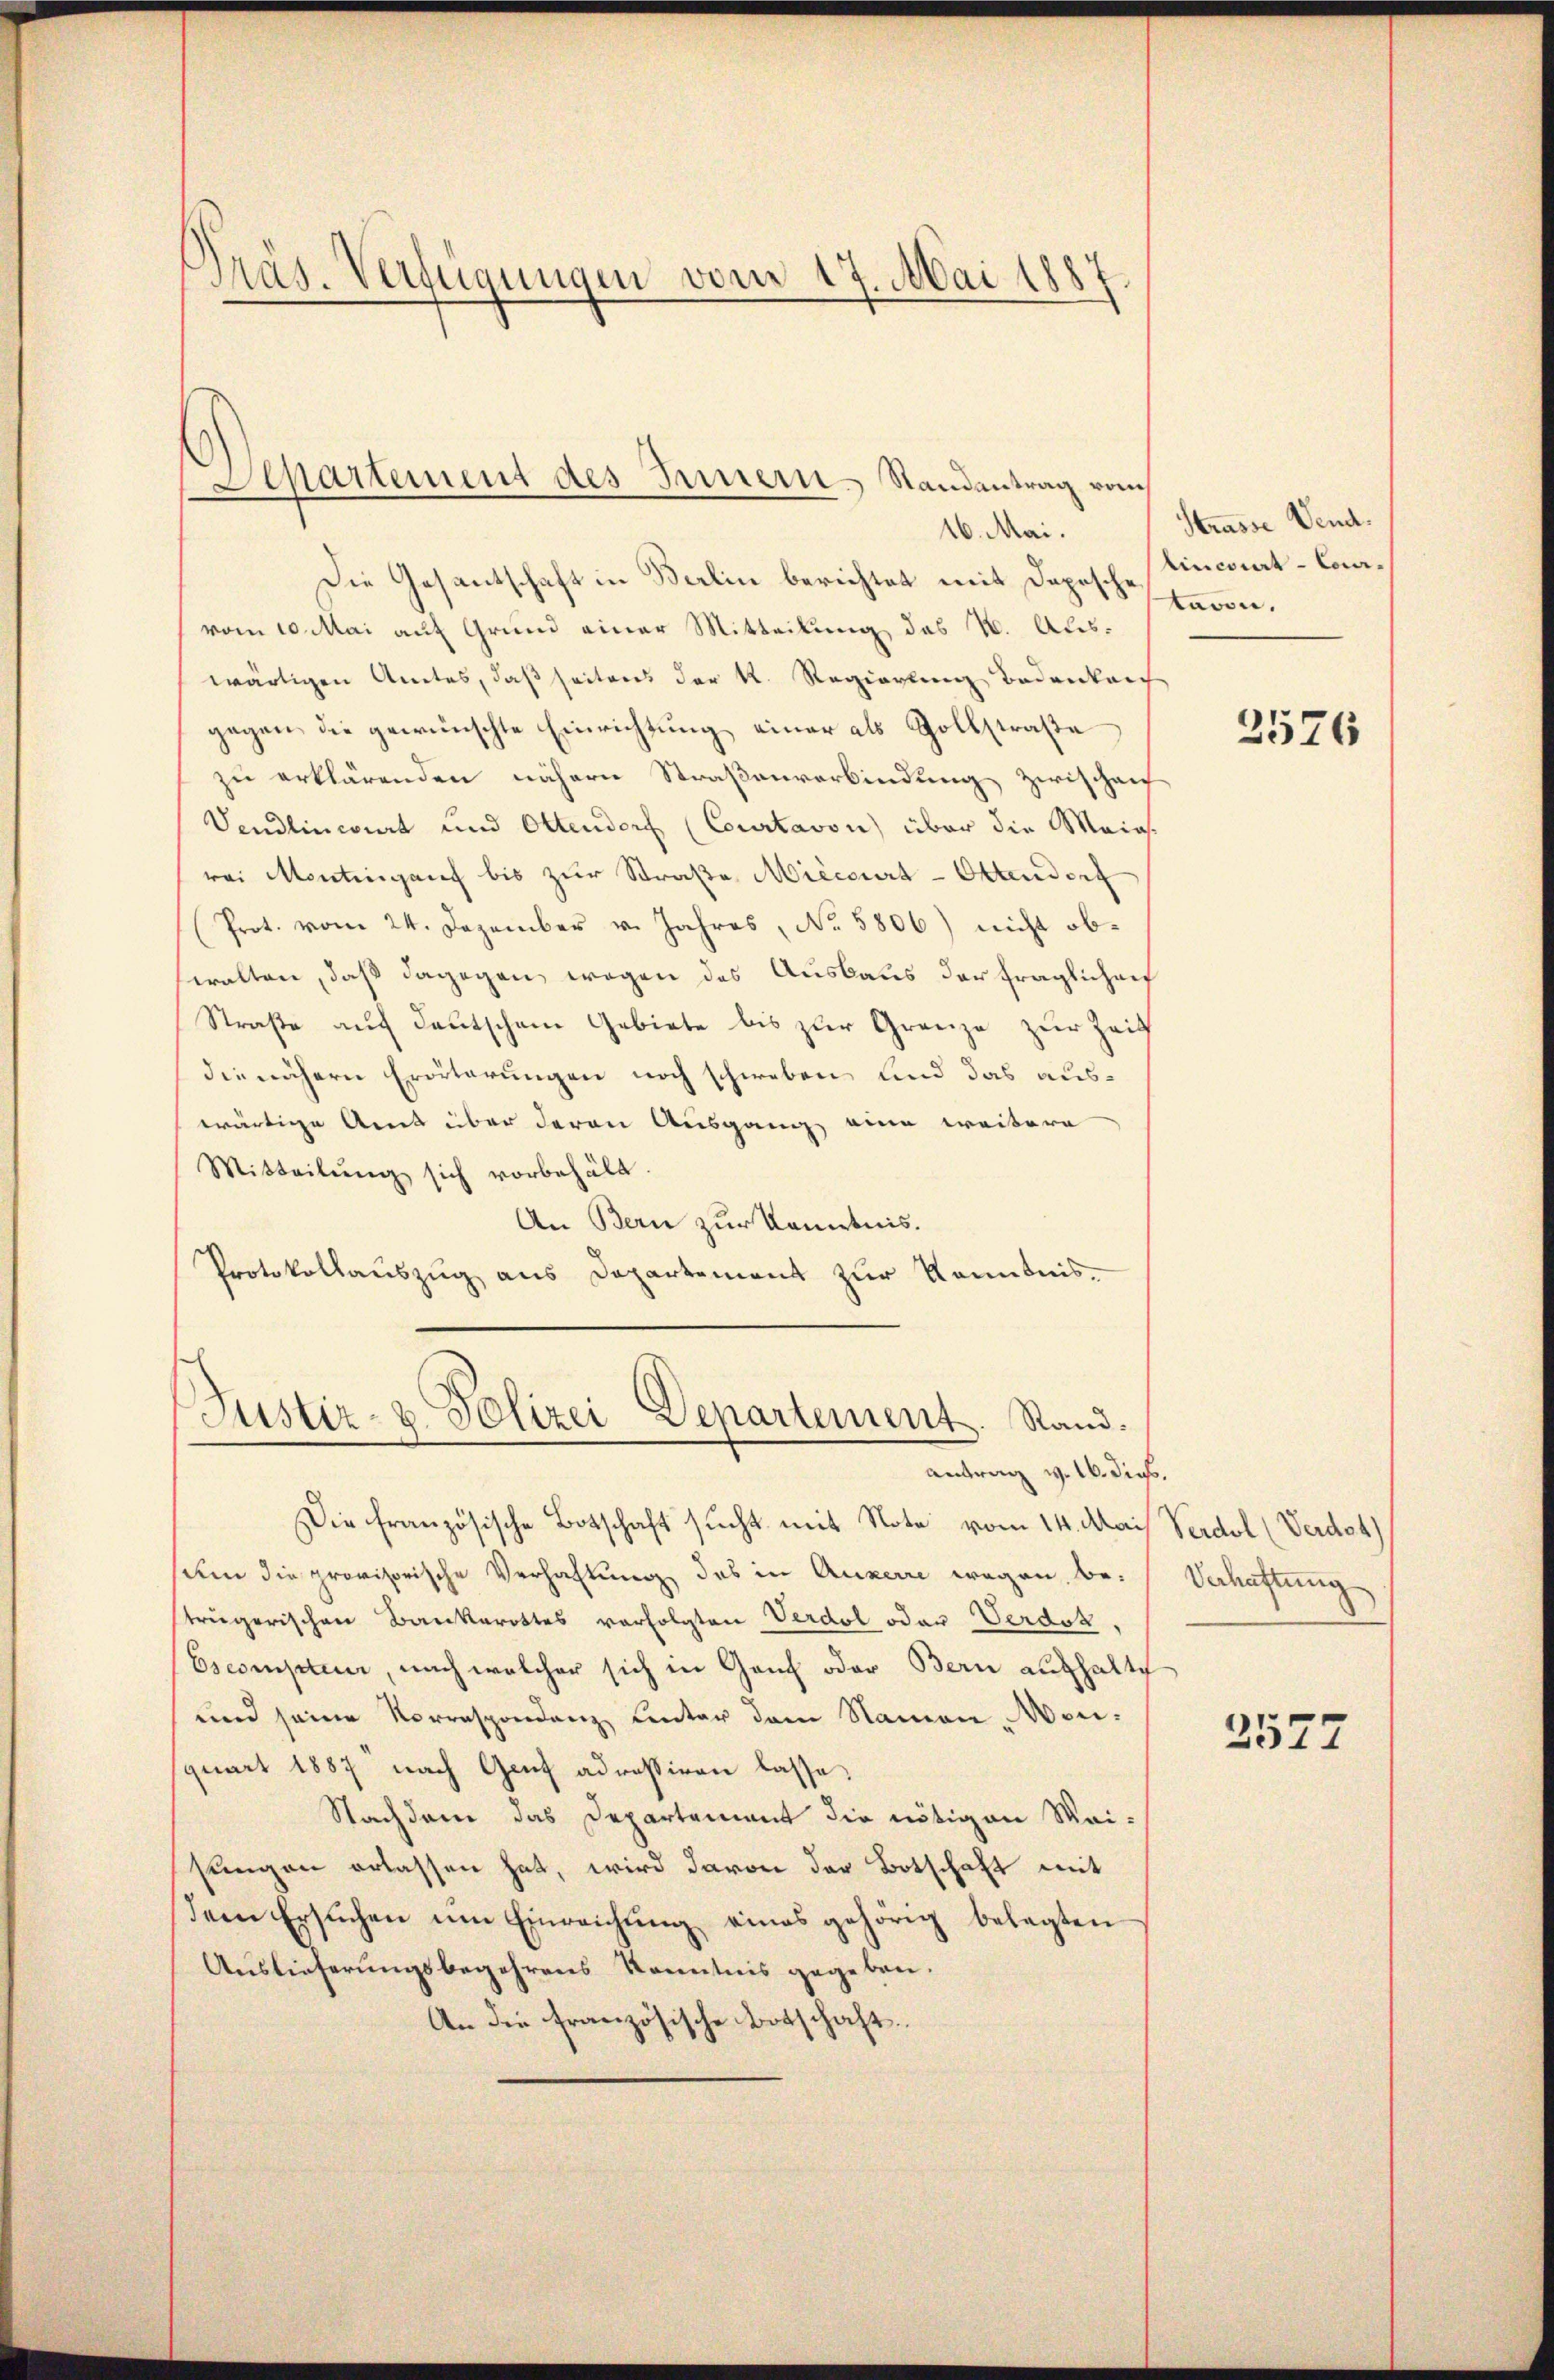
d
Pras. Verfügungen vom 17. Mai 1887.

Separtement des Innern Randantrag vom
16. Mai.

Die Gesantschaft in Berlin berichtet mit Depesche davon.
vom 10. Mai auf Grund einer Mitteilung des 1. Auswärtigen Amtes, daß seiten der K. Regierung bedanken
gegen die gewünschte Einrichtung einer als Zollstraße
zu erklärenden nähern Straßenverbindung zwischen
Vendlincirt und Ottendorf (Courtavon über die Maios.
rei Monting auf bis zŭr Straβe Miecourt-Ottendorf
Prot. vom 24. Dezember v. Jahres, No 5806) nicht obwalten, daß dagegen wegen des Auslaus der fraglichenf
Straße auf deutschen Gebiete bis zur Grenze zur Zeit
die nähern Erörterungen noch schweben und das auswärtige Amt über deren Ausgang eine weitere
Mitteilung sich vorbehält.
An Bern zur Kenntnis.
Protokollauszug aus Departement zur Kenntnis.

Justiz- u. Polizei Departement. Rand.
antrag v. 16. dies.

Die französische Botschaft sucht mit Note vom 14. Mai Verdol (Verdot)
sum die provisorische Verhaftung des in Auxerre wegen be-
trägerischen Bankarottes verfolgten Verdol oder Verdok.
Escompter, nach welcher sich in Ganz oder Bern aufhalte
und seine Korrespondenz unter dem Namen, Monquart 1887 nach Genf adressiren lasse.
Nachdem das Departement die nötigen Maisungen erlassen hat, wird davon der Botschaft mit
dem Ersuchen um Einreichung eines gehörig belegten
Auslieferungsbegehrens Kenntnis gegeben.
An die französische Botschaft.

Strasse Vend.
linciert - Cora-

2576

Verhaftung

2577